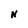
Character: N